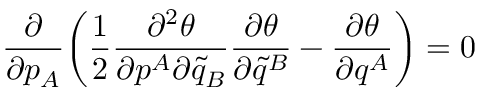
\frac { \partial } { \partial p _ { A } } \bigg ( \frac { 1 } { 2 } \frac { \partial ^ { 2 } \theta } { \partial p ^ { A } \partial \tilde { q } _ { B } } \frac { \partial \theta } { \partial \tilde { q } ^ { B } } - \frac { \partial \theta } { \partial q ^ { A } } \bigg ) = 0